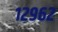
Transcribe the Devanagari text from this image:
१२९६२